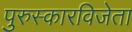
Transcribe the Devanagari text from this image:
पुरुस्कारविजेता